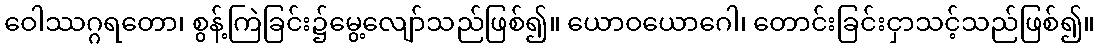
ဝေါဿဂ္ဂရတော၊ စွန့်ကြဲခြင်း၌မွေ့လျော်သည်ဖြစ်၍။ ယောဝယောဂေါ၊ တောင်းခြင်းငှာသင့်သည်ဖြစ်၍။